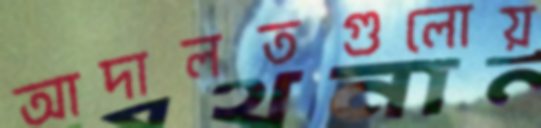
আদালতগুলোয়